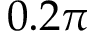
0 . 2 \pi